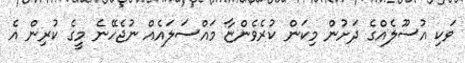
ވަކި އުސޫލެއްގެ ދަށުން މިކަން ކުރެވެންޏާ މައްސަލައެއް ނުޖެހޭނެ މީގެ ކުރިން އެ